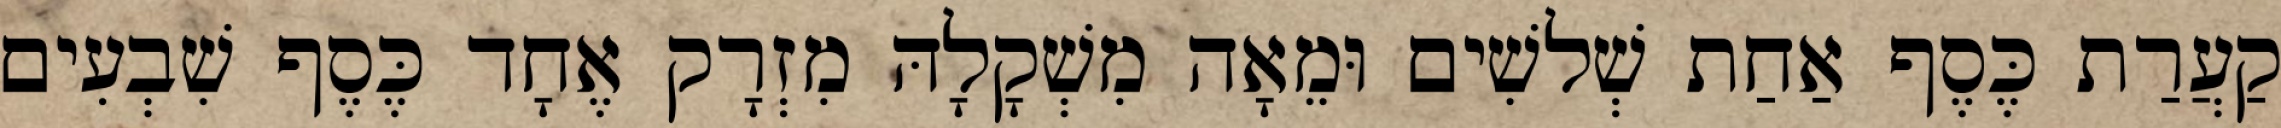
קַעֲרַת כֶּסֶף אַחַת שְׁלשִׁים וּמֵאָה מִשְׁקָלָהּ מִזְרָק אֶחָד כֶּסֶף שִׁבְעִים